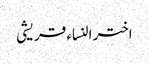
اختر النساء قریشی